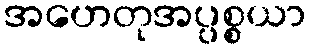
အဟေတုအပ္ပစ္စယာ